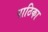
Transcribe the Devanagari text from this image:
पाठिका